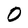
Character: 0